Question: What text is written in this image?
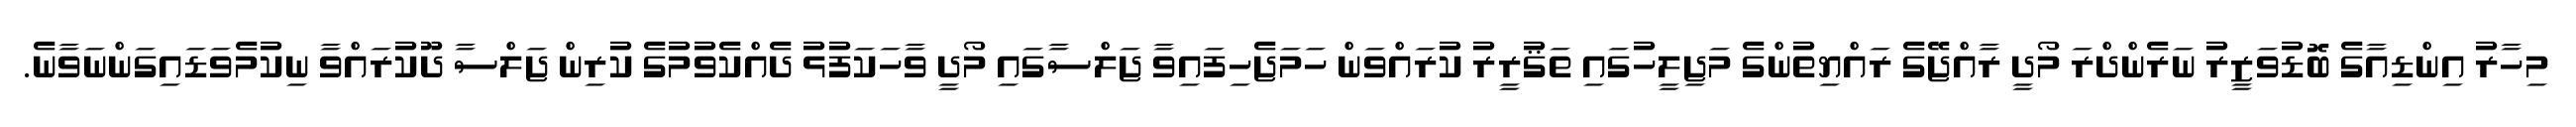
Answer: މިހާރު އިންޑިއާގެ ބޮޑުވަޒީރު ނަރެންދްރަ މޯދީ ރާއްޖޭގެ ރައްޔިތުންގެ މަޖިލީހުގައި ތަޤުރީރު ކުރައްވަން ހަމަޖެހިފައިވާ ޖަލްސާގައި މޯދީ ވާހަކަފުޅު ދެއްކެވުމުގެ ކުރިން ޖަލްސާ ދޫކުރައްވާ ނިކުމެވަޑައިގަންނަވާނެ.